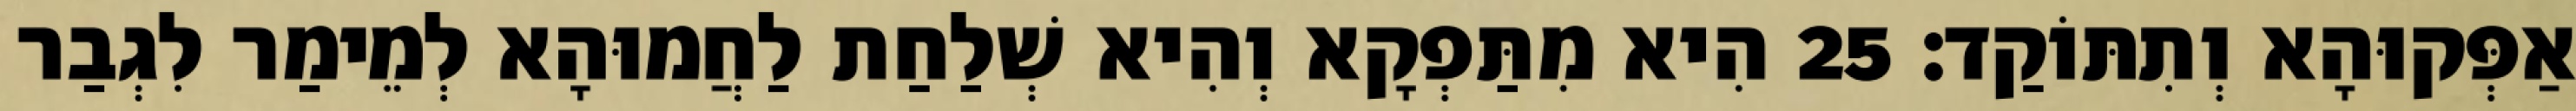
אַפְּקוּהָא וְתִתּוֹקַד׃ 25 הִיא מִתַּפְקָא וְהִיא שְׁלַחַת לַחֲמוּהָא לְמֵימַר לִגְבַר